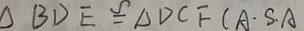
\Delta B D E \cong \Delta D C F ( A \cdot S . A